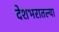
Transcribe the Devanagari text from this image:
देशभरातल्या